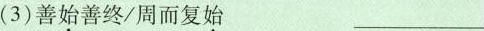
(3)善始善终/周而复始 ___